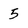
Character: 5